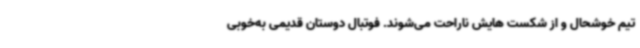
تیم خوشحال و از شکست هایش ناراحت می‌شوند. فوتبال دوستان قدیمی به‌خوبی